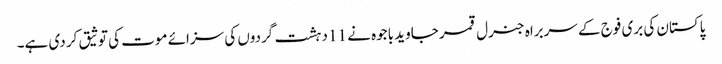
پاکستان کی بری فوج کے سربراہ جنرل قمر جاوید باجوہ نے 11 دہشت گردوں کی سزائے موت کی توثیق کر دی ہے۔